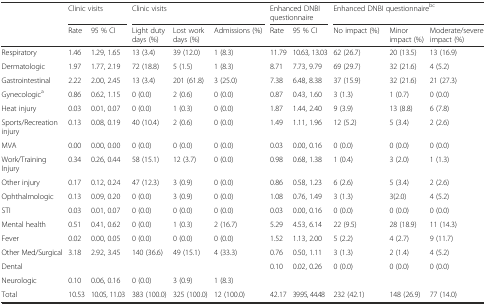
<table><thead><tr><td></td><td colspan="2"><b>Clinic visits</b></td><td colspan="3"><b>Clinic visits</b></td><td colspan="2"><b>Enhanced DNBI questionnaire</b></td><td colspan="3"><b>Enhanced DNBI questionnaire<sup>bc</sup></b></td></tr><tr><td></td><td><b>Rate</b></td><td><b>95 % CI</b></td><td><b>Light duty days (%)</b></td><td><b>Lost work days (%)</b></td><td><b>Admissions (%)</b></td><td><b>Rate</b></td><td><b>95 % CI</b></td><td><b>No impact (%)</b></td><td><b>Minor impact (%)</b></td><td><b>Moderate/severe impact (%)</b></td></tr></thead><tbody><tr><td>Respiratory</td><td>1.46</td><td>1.29, 1.65</td><td>13 (3.4)</td><td>39 (12.0)</td><td>1 (8.3)</td><td>11.79</td><td>10.63, 13.03</td><td>62 (26.7)</td><td>20 (13.5)</td><td>13 (16.9)</td></tr><tr><td>Dermatologic</td><td>1.97</td><td>1.77, 2.19</td><td>72 (18.8)</td><td>5 (1.5)</td><td>1 (8.3)</td><td>8.71</td><td>7.73, 9.79</td><td>69 (29.7)</td><td>32 (21.6)</td><td>4 (5.2)</td></tr><tr><td>Gastrointestinal</td><td>2.22</td><td>2.00, 2.45</td><td>13 (3.4)</td><td>201 (61.8)</td><td>3 (25.0)</td><td>7.38</td><td>6.48, 8.38</td><td>37 (15.9)</td><td>32 (21.6)</td><td>21 (27.3)</td></tr><tr><td>Gynecologic<sup>a</sup></td><td>0.86</td><td>0.62, 1.15</td><td>0 (0.0)</td><td>2 (0.6)</td><td>0 (0.0)</td><td>0.87</td><td>0.43, 1.60</td><td>3 (1.3)</td><td>1 (0.7)</td><td>0 (0.0)</td></tr><tr><td>Heat injury</td><td>0.03</td><td>0.01, 0.07</td><td>0 (0.0)</td><td>1 (0.3)</td><td>0 (0.0)</td><td>1.87</td><td>1.44, 2.40</td><td>9 (3.9)</td><td>13 (8.8)</td><td>6 (7.8)</td></tr><tr><td>Sports/Recreation injury</td><td>0.13</td><td>0.08, 0.19</td><td>40 (10.4)</td><td>2 (0.6)</td><td>0 (0.0)</td><td>1.49</td><td>1.11, 1.96</td><td>12 (5.2)</td><td>5 (3.4)</td><td>2 (2.6)</td></tr><tr><td>MVA</td><td>0.00</td><td>0.00, 0.00</td><td>0 (0.0)</td><td>0 (0.0)</td><td>0 (0.0)</td><td>0.03</td><td>0.00, 0.16</td><td>0 (0.0)</td><td>0 (0.0)</td><td>0 (0.0)</td></tr><tr><td>Work/Training Injury</td><td>0.34</td><td>0.26, 0.44</td><td>58 (15.1)</td><td>12 (3.7)</td><td>0 (0.0)</td><td>0.98</td><td>0.68, 1.38</td><td>1 (0.4)</td><td>3 (2.0)</td><td>1 (1.3)</td></tr><tr><td>Other injury</td><td>0.17</td><td>0.12, 0.24</td><td>47 (12.3)</td><td>3 (0.9)</td><td>0 (0.0)</td><td>0.86</td><td>0.58, 1.23</td><td>6 (2.6)</td><td>5 (3.4)</td><td>2 (2.6)</td></tr><tr><td>Ophthalmologic</td><td>0.13</td><td>0.09, 0.20</td><td>0 (0.0)</td><td>3 (0.9)</td><td>0 (0.0)</td><td>1.08</td><td>0.76, 1.49</td><td>3 (1.3)</td><td>3(2.0)</td><td>4 (5.2)</td></tr><tr><td>STI</td><td>0.03</td><td>0.01, 0.07</td><td>0 (0.0)</td><td>0 (0.0)</td><td>0 (0.0)</td><td>0.03</td><td>0.00, 0.16</td><td>0 (0.0)</td><td>0 (0.0)</td><td>0 (0.0)</td></tr><tr><td>Mental health</td><td>0.51</td><td>0.41, 0.62</td><td>0 (0.0)</td><td>1 (0.3)</td><td>2 (16.7)</td><td>5.29</td><td>4.53, 6.14</td><td>22 (9.5)</td><td>28 (18.9)</td><td>11 (14.3)</td></tr><tr><td>Fever</td><td>0.02</td><td>0.00, 0.05</td><td>0 (0.0)</td><td>0 (0.0)</td><td>0 (0.0)</td><td>1.52</td><td>1.13, 2.00</td><td>5 (2.2)</td><td>4 (2.7)</td><td>9 (11.7)</td></tr><tr><td>Other Med/Surgical</td><td>3.18</td><td>2.92, 3.45</td><td>140 (36.6)</td><td>49 (15.1)</td><td>4 (33.3)</td><td>0.76</td><td>0.50, 1.11</td><td>3 (1.3)</td><td>2 (1.4)</td><td>4 (5.2)</td></tr><tr><td>Dental</td><td colspan="5"></td><td>0.10</td><td>0.02, 0.26</td><td>0 (0.0)</td><td>0 (0.0)</td><td>0 (0.0)</td></tr><tr><td>Neurologic</td><td>0.10</td><td>0.06, 0.16</td><td>0 (0.0)</td><td>3 (0.9)</td><td>1 (8.3)</td><td colspan="5"></td></tr><tr><td>Total</td><td>10.53</td><td>10.05, 11.03</td><td>383 (100.0)</td><td>325 (100.0)</td><td>12 (100.0)</td><td>42.17</td><td>39.95, 44.48</td><td>232 (42.1)</td><td>148 (26.9)</td><td>77 (14.0)</td></tr></tbody></table>